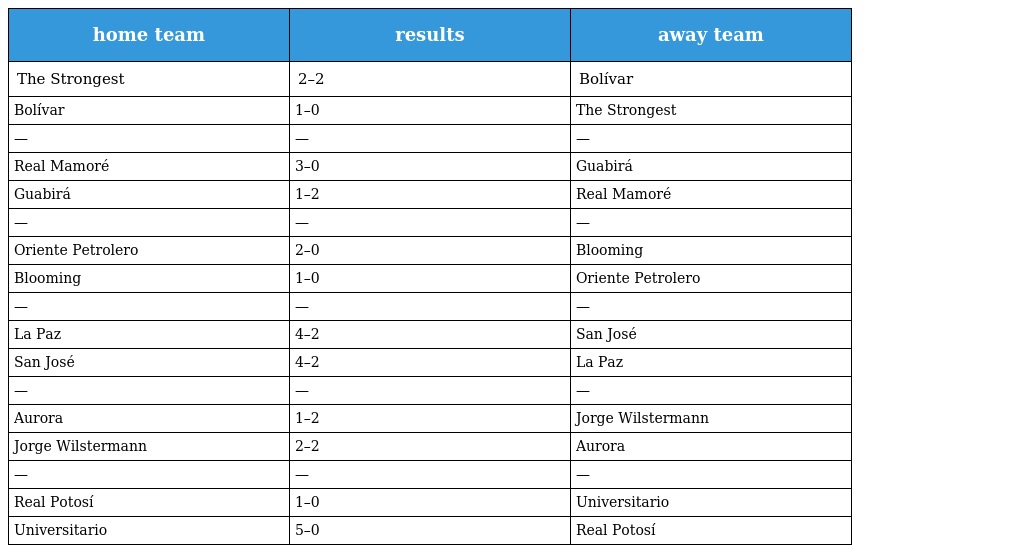
| home team | results | away team |
 | --- | --- | --- |
 | The Strongest | 2–2 | Bolívar |
 | Bolívar | 1–0 | The Strongest |
 | — | — | — |
 | Real Mamoré | 3–0 | Guabirá |
 | Guabirá | 1–2 | Real Mamoré |
 | — | — | — |
 | Oriente Petrolero | 2–0 | Blooming |
 | Blooming | 1–0 | Oriente Petrolero |
 | — | — | — |
 | La Paz | 4–2 | San José |
 | San José | 4–2 | La Paz |
 | — | — | — |
 | Aurora | 1–2 | Jorge Wilstermann |
 | Jorge Wilstermann | 2–2 | Aurora |
 | — | — | — |
 | Real Potosí | 1–0 | Universitario |
 | Universitario | 5–0 | Real Potosí |